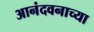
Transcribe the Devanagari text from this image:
आनंदवनाच्या